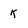
Character: k